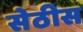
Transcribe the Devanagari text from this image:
सेठीस